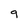
Character: 9